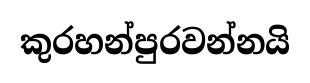
කුරහන්පුරවන්නයි